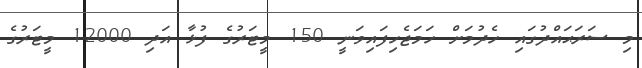
މި ސަރަޙައްދުގައި ހެދުމަށް ހަމަޖެހިފައިވަނީ 150 މީޓަރުގެ ފުޅާ އަދި 12000 މީޓަރުގެ